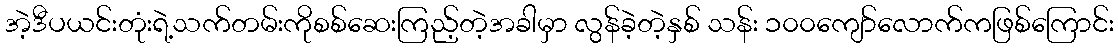
အဲ့ဒီပယင်းတုံးရဲ့သက်တမ်းကိုစစ်ဆေးကြည့်တဲ့အခါမှာ လွန်ခဲ့တဲ့နှစ် သန်း ၁၀၀ကျော်လောက်ကဖြစ်ကြောင်း